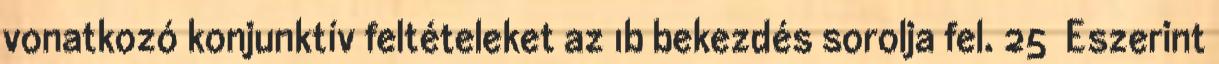
vonatkozó konjunktív feltételeket az 1b bekezdés sorolja fel. 25 Eszerint